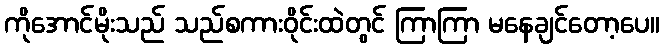
ကိုအောင်မိုးသည် သည်စကားဝိုင်းထဲတွင် ကြာကြာ မနေချင်တော့ပေ။